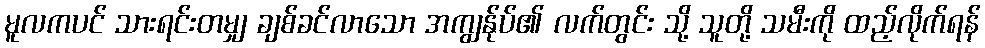
မူလကပင် သားရင်းတမျှ ချစ်ခင်လာသော အကျွန်ုပ်၏ လက်တွင်း သို့ သူတို့ သမီးကို ထည့်လိုက်ရန်